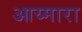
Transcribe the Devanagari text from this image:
आय्मारा